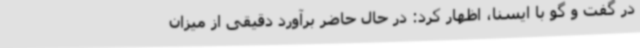
در گفت و گو با ایسنا، اظهار کرد: در حال حاضر برآورد دقیقی از میزان